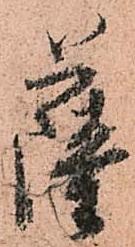
薩